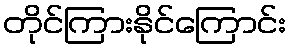
တိုင်ကြားနိုင်ကြောင်း